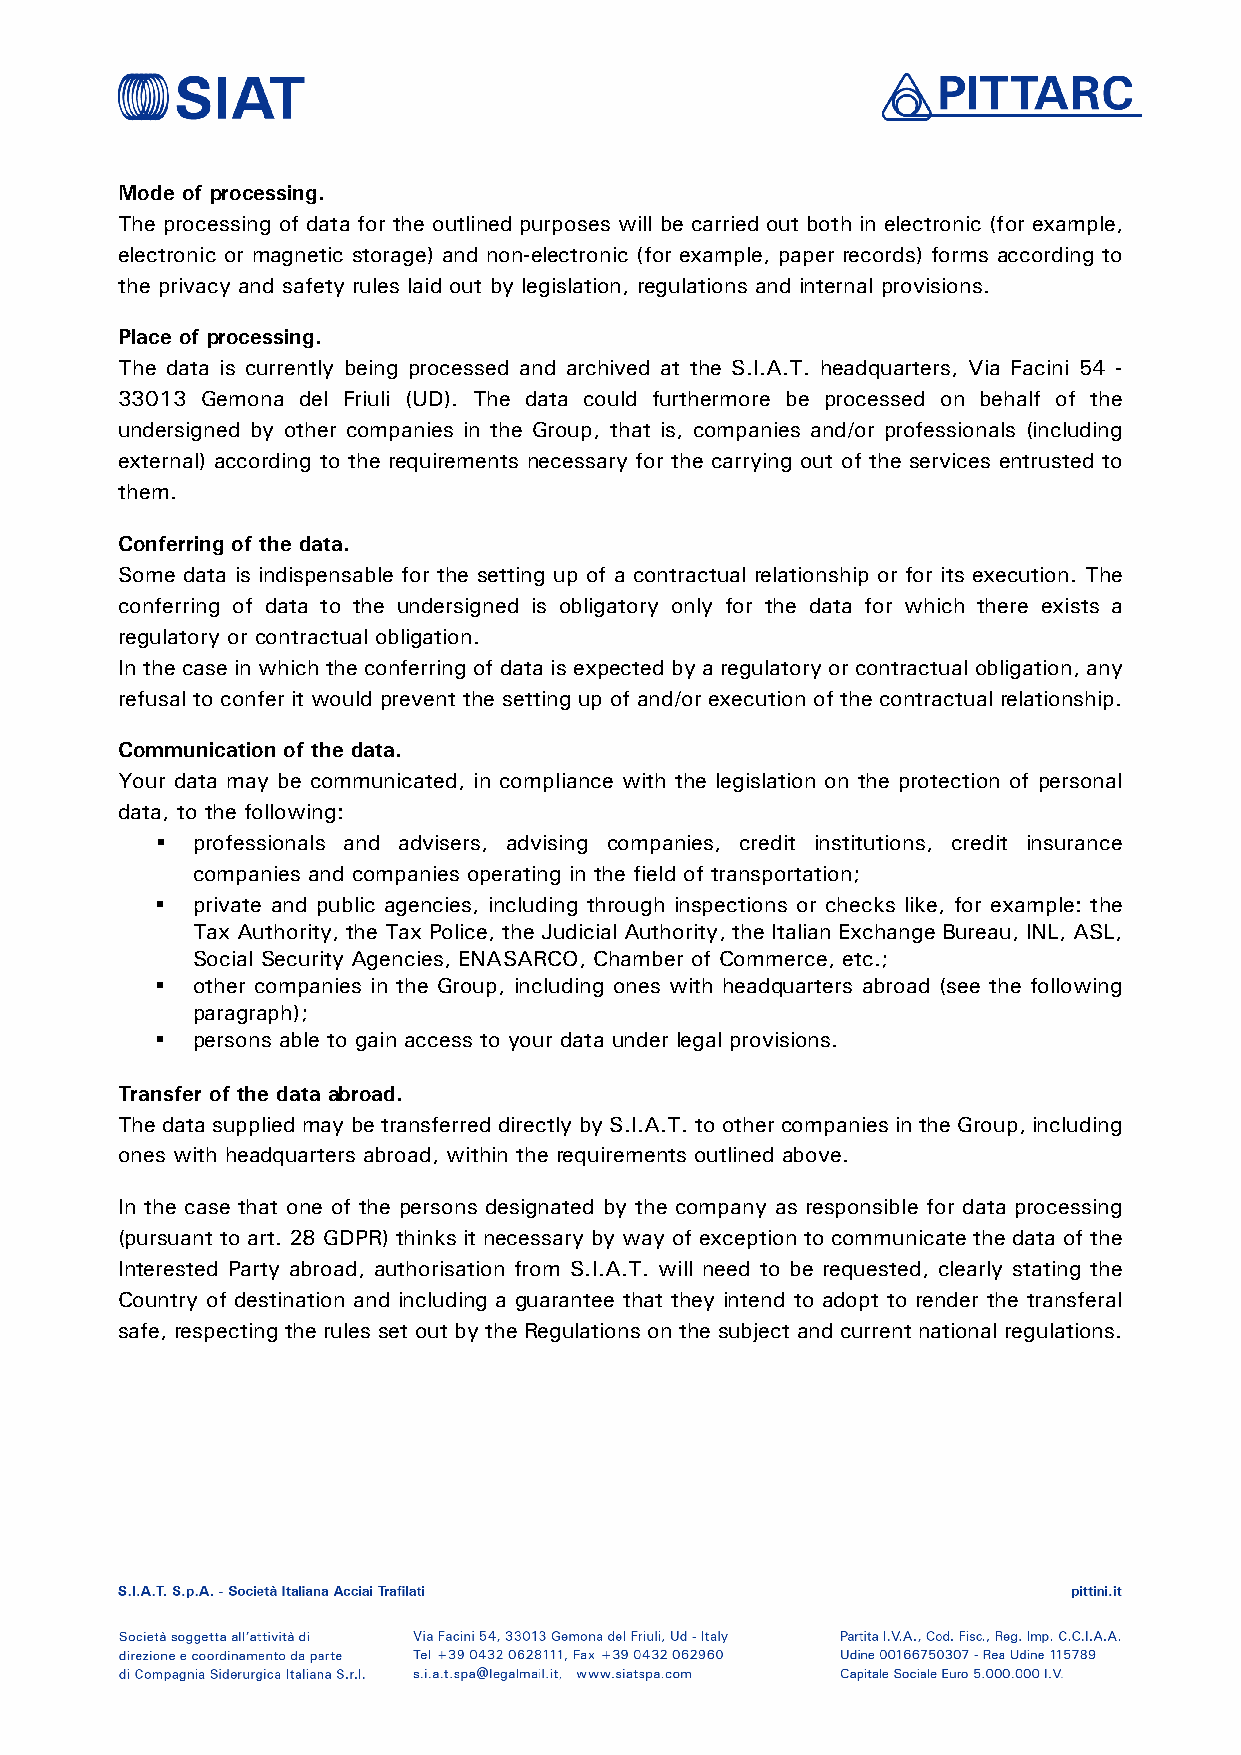
Mode of processing.
 The processing of data for the outlined purposes will be carried out both in electronic (for example,
 electronic or magnetic storage) and non-electronic (for example, paper records) forms according to
 the privacy and safety rules laid out by legislation, regulations and internal provisions.
 Place of processing.
 The data is currently being processed and archived at the S.I.A.T. headquarters, Via Facini 54 -
 33013 Gemona del Friuli (UD). The data could furthermore be processed on behalf of the
 undersigned by other companies in the Group, that is, companies and/or professionals (including
 external) according to the requirements necessary for the carrying out of the services entrusted to
 them.
 Conferring of the data.
 Some data is indispensable for the setting up of a contractual relationship or for its execution. The
 conferring of data to the undersigned is obligatory only for the data for which there exists a
 regulatory or contractual obligation.
 In the case in which the conferring of data is expected by a regulatory or contractual obligation, any
 refusal to confer it would prevent the setting up of and/or execution of the contractual relationship.
 Communication of the data.
 Your data may be communicated, in compliance with the legislation on the protection of personal
 data, to the following:
   professionals and advisers, advising companies, credit institutions, credit insurance
 companies and companies operating in the field of transportation;
   private and public agencies, including through inspections or checks like, for example: the
 Tax Authority, the Tax Police, the Judicial Authority, the Italian Exchange Bureau, INL, ASL,
 Social Security Agencies, ENASARCO, Chamber of Commerce, etc.;
   other companies in the Group, including ones with headquarters abroad (see the following
 paragraph);
   persons able to gain access to your data under legal provisions.
 Transfer of the data abroad.
 The data supplied may be transferred directly by S.I.A.T. to other companies in the Group, including
 ones with headquarters abroad, within the requirements outlined above.
 In the case that one of the persons designated by the company as responsible for data processing
 (pursuant to art. 28 GDPR) thinks it necessary by way of exception to communicate the data of the
 Interested Party abroad, authorisation from S.I.A.T. will need to be requested, clearly stating the
 Country of destination and including a guarantee that they intend to adopt to render the transferal
 safe, respecting the rules set out by the Regulations on the subject and current national regulations.